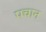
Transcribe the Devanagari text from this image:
पचान